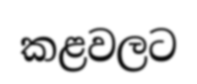
කළවලට